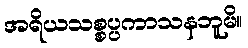
အရိယသစ္စပ္ပကာသနဘူမိ။